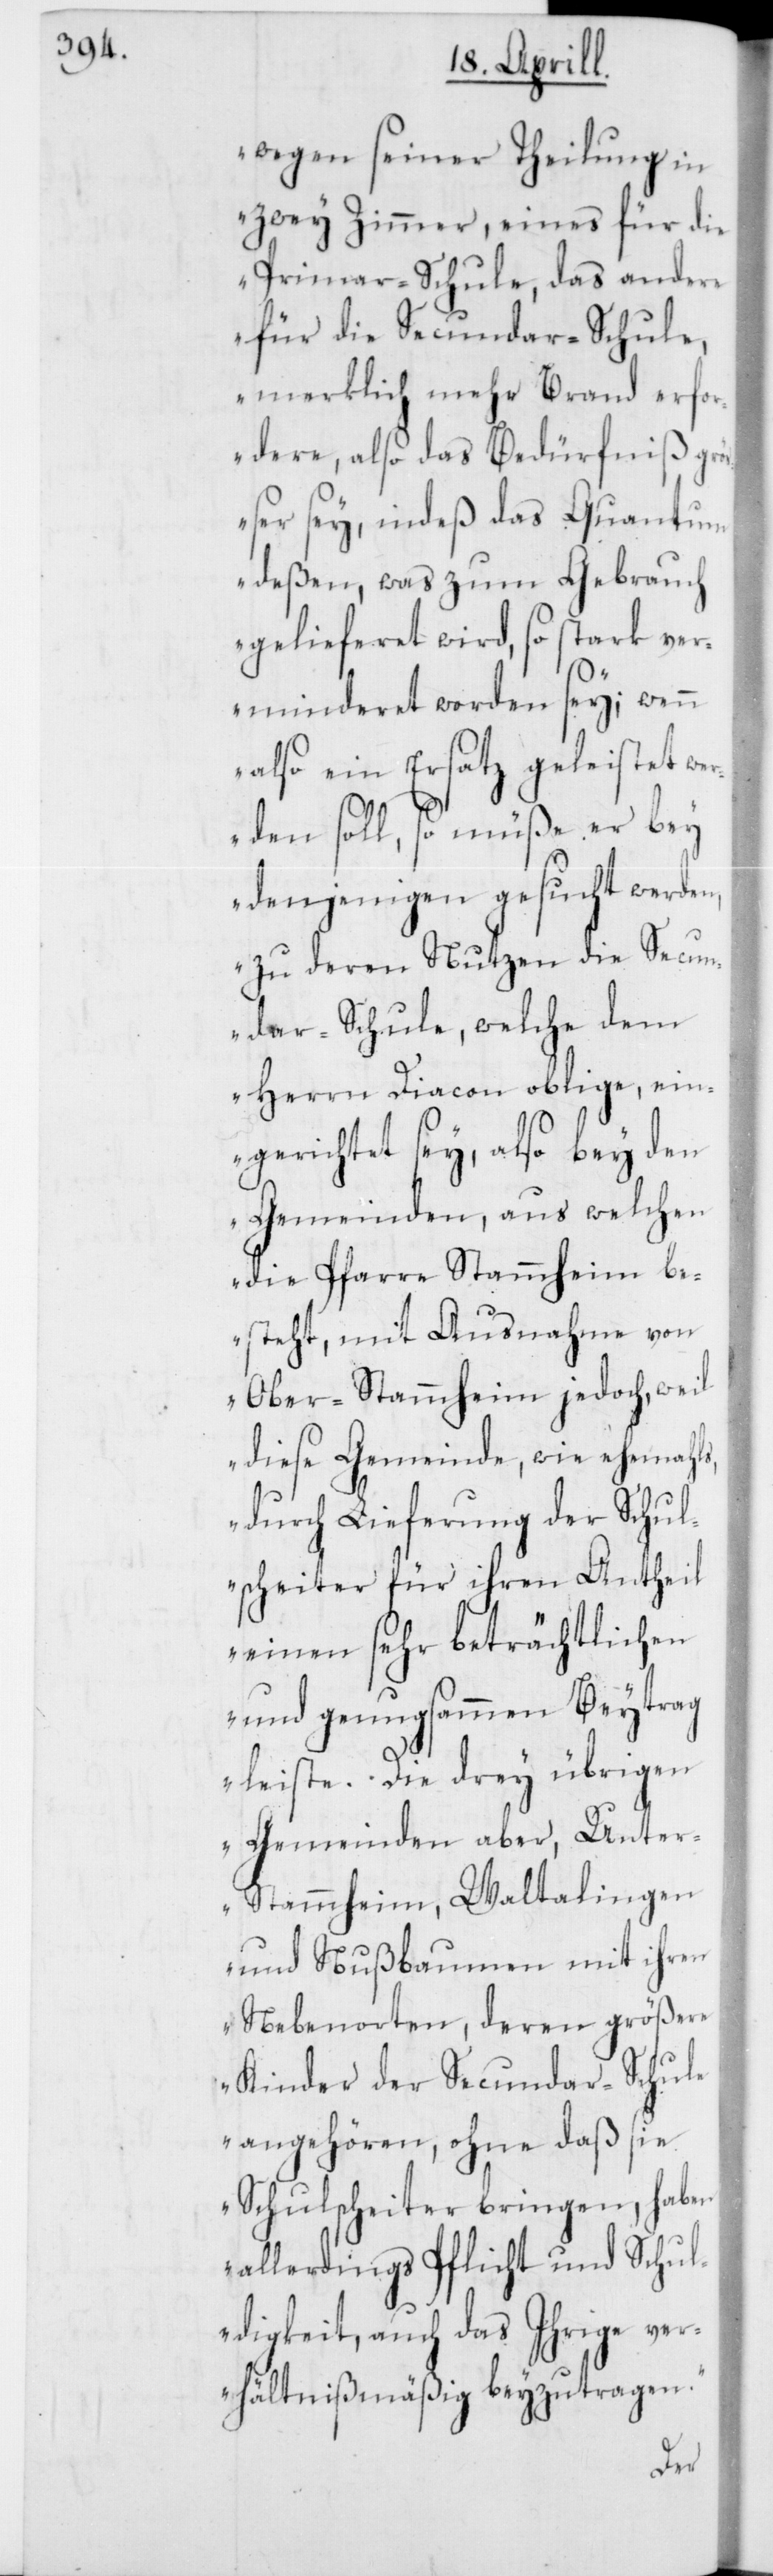
wegen seiner Theilung in
zwey Zimmer, eines für die
Primar-Schule, das andere
für die Secundar-Schule,
merklich mehr Brand erfo¬
rdere, also das Bedürfniß gr¬
ößer sey, indeß das Quantum
deßen, was zum Gebrauch
gelieferet wird, so stark ver¬
minderet worden sey; wenn
also ein Ersatz geleistet we¬
rden soll, so müße er bey
denjenigen gesucht werden,
zu deren Nutzen die Secun¬
dar-Schule, welche dem
Herrn Diacon oblige, ein¬
gerichtet sey, also bey den
Gemeinden, aus welchen
die Pfarre Stammheim be¬
steht, mit Ausnahme von
Ober-Stammheim jedoch, weil
diese Gemeinde, wie ehemahls,
durch Lieferung der Schul¬
scheiter für ihren Antheil
einen sehr beträchtlichen
und genugsammen Beytrag
leiste. Die drey übrigen
Gemeinden aber, Unter¬
stammheim, Waltalingen
und Nußbaumen mit ihren
Nebenorten, deren größere
Kinder der Secundar-Schule
angehören, ohne daß sie
Schulscheiter bringen, haben
allerdings Pflicht und Schul¬
digkeit, auch das Ihrige ver¬
hältnißmäßig beyzutragen.“